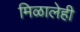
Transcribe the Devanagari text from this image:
मिळालेही